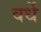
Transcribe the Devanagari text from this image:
वर्धे